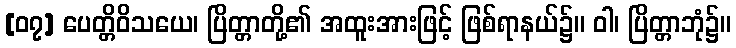
[၀၇] ပေတ္တိဝိသယေ၊ ပြိတ္တာတို့၏ အထူးအားဖြင့် ဖြစ်ရာနယ်၌။ ဝါ၊ ပြိတ္တာဘုံ၌။